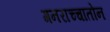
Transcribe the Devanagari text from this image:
गनराच्चातोन